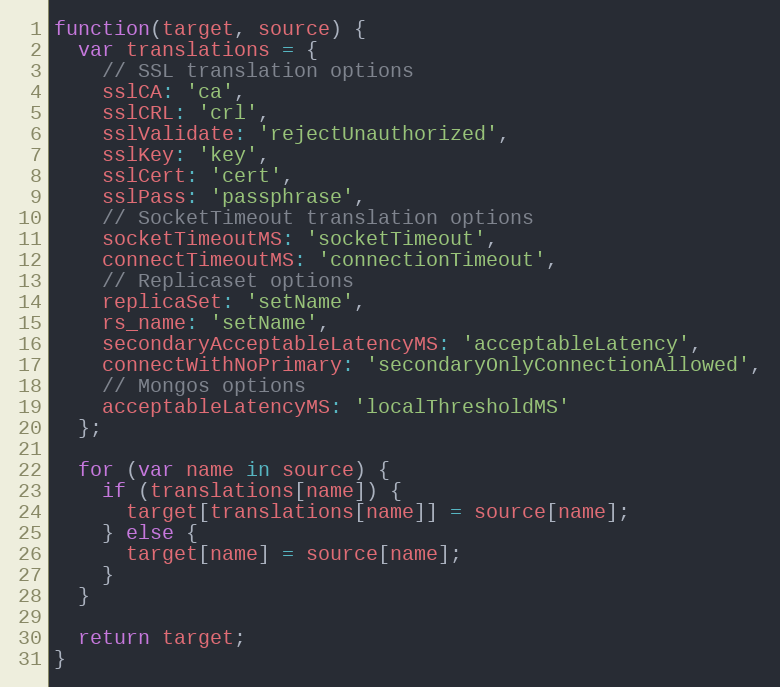
Language: JavaScript
function(target, source) {
  var translations = {
    // SSL translation options
    sslCA: 'ca',
    sslCRL: 'crl',
    sslValidate: 'rejectUnauthorized',
    sslKey: 'key',
    sslCert: 'cert',
    sslPass: 'passphrase',
    // SocketTimeout translation options
    socketTimeoutMS: 'socketTimeout',
    connectTimeoutMS: 'connectionTimeout',
    // Replicaset options
    replicaSet: 'setName',
    rs_name: 'setName',
    secondaryAcceptableLatencyMS: 'acceptableLatency',
    connectWithNoPrimary: 'secondaryOnlyConnectionAllowed',
    // Mongos options
    acceptableLatencyMS: 'localThresholdMS'
  };

  for (var name in source) {
    if (translations[name]) {
      target[translations[name]] = source[name];
    } else {
      target[name] = source[name];
    }
  }

  return target;
}